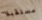
مستقبلا